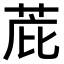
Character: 𫈋